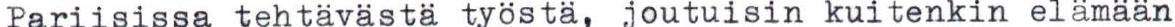
Pariisissa tehtävästä työstä, joutuisin kuitenkin elämään